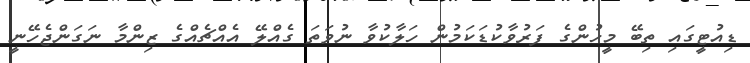
ޑިއުޓީގައި ތިބޭ މީހުންގެ ފަރުވާކުޑަކަމުން ހަލާކުވާ ނުވަތަ ގެއްލޭ އެއްޗެއްގެ ޒިންމާ ނަގަންޖެހޭނީ